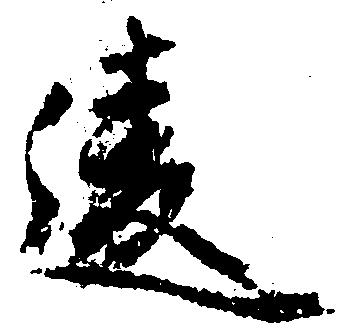
違